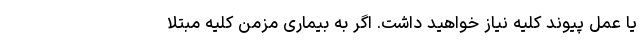
یا عمل پیوند کلیه نیاز خواهید داشت. اگر به بیماری مزمن کلیه مبتلا